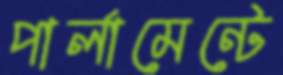
পার্লামেন্টে